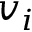
v _ { i }